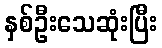
နှစ်ဦးသေဆုံးပြီး